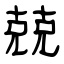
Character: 兢